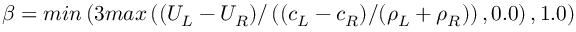
\beta = m i n \left( 3 m a x \left( ( U _ { L } - U _ { R } ) / \left( ( c _ { L } - c _ { R } ) / ( \rho _ { L } + \rho _ { R } ) \right) , 0 . 0 \right) , 1 . 0 \right)